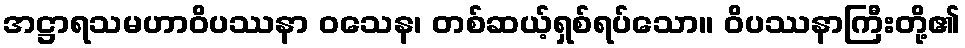
အဋ္ဌာရသမဟာဝိပဿနာ ဝသေန၊ တစ်ဆယ့်ရှစ်ရပ်သော။ ဝိပဿနာကြီးတို့၏